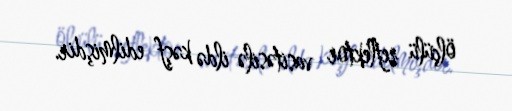
ölçülü reflektor vasitəsilə ildə kəşf edilmişdir.